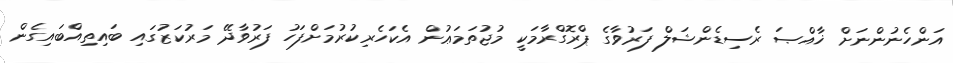
އަންހެނުންނަށް ޚާއްޞަ ރެސިޑެންޝަލް ފަރުވާގެ ޕްރޮގްރާމަކީ މުޖުތަމަޢުން އެކަހެރިކުރުމަށްފަހު ފަރުވާދޭ މަރުކަޒުގައި ބައިތިއްބައިގެން